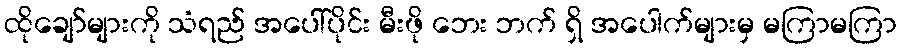
ထိုချော်များကို သံရည် အပေါ်ပိုင်း မီးဖို ဘေး ဘက် ရှိ အပေါက်များမှ မကြာမကြာ